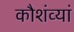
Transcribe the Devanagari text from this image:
कौशंव्यां